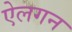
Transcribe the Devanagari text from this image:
ऐलगन